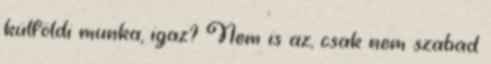
külföldi munka, igaz? Nem is az, csak nem szabad